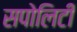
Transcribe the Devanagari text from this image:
सपोलिटी